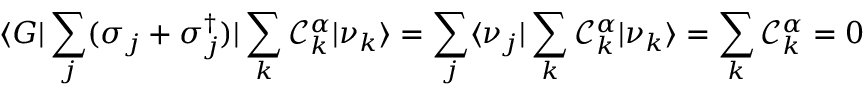
\langle G | \sum _ { j } ( \sigma _ { j } + \sigma _ { j } ^ { \dagger } ) | \sum _ { k } \mathcal { C } _ { k } ^ { \alpha } | \nu _ { k } \rangle = \sum _ { j } \langle \nu _ { j } | \sum _ { k } \mathcal { C } _ { k } ^ { \alpha } | \nu _ { k } \rangle = \sum _ { k } \mathcal { C } _ { k } ^ { \alpha } = 0